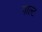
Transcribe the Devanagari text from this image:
गाल्ट